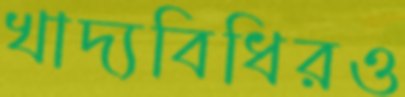
খাদ্যবিধিরও